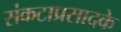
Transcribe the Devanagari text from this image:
संकटाप्रसादके